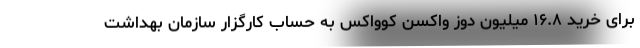
برای خرید ۱۶.۸ میلیون دوز واکسن کوواکس به حساب کارگزار سازمان بهداشت